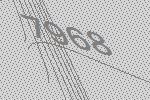
7968